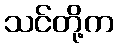
သင်တို့က